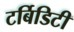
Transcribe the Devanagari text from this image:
टर्बिडिटी